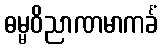
ဓမ္မဝိညာဏမာကင်္ခံ